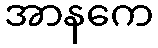
အာနကေ